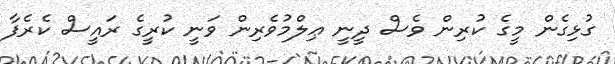
ގުޅިގެން މީގެ ކުރިން ވެސް ދީނީ ޢިލްމުވެރިން ވަނީ ކުރީގެ ރައީސް ކެރެފާ